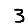
Digit: 3